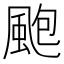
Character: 颮